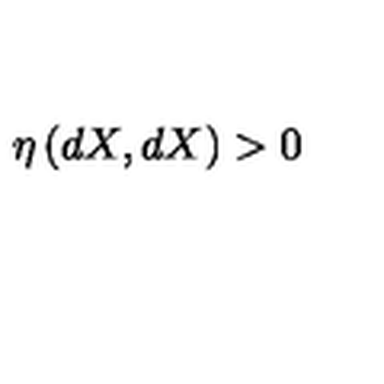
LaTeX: \eta \left( d X , d X \right) > 0